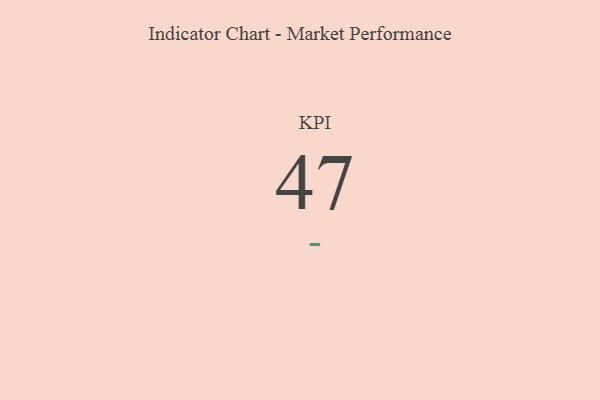
{"axis": {"x": "KPI", "y": "Value"}, "legend": [""], "data": [{"x": "KPI", "y": 47, "type": ""}]}